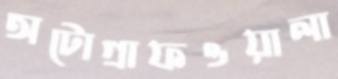
অটোগ্রাফওয়ালা